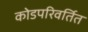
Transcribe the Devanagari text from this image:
कोडपरिवर्तित